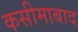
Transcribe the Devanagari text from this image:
कसीमाबाद